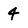
Character: 4